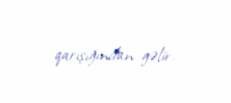
qarışığından gəlir.